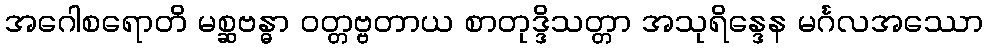
အဂေါစရောတိ မစ္ဆဗန္ဓာ ဝတ္တဗ္ဗတာယ စာတုဒ္ဒိသတ္တာ အသုရိန္ဒေန မင်္ဂလအဿော